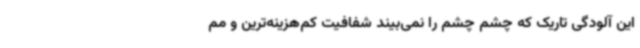
این آلودگی تاریک که چشم چشم را نمی‌بیند شفافیت کم‌هزینه‌ترین و مم